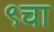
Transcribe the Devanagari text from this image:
९चा